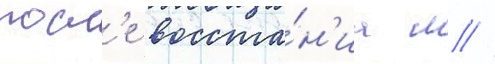
посл'е восста́н'иа м //